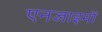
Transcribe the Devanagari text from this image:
एनजाइमों